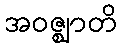
အဝဇ္ဈာတိ